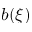
b ( \xi )